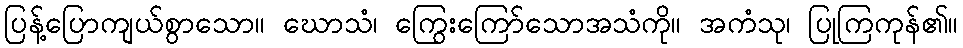
ပြန့်ပြောကျယ်စွာသော။ ဃောသံ၊ ကြွေးကြော်သောအသံကို။ အကံသု၊ ပြုကြကုန်၏။